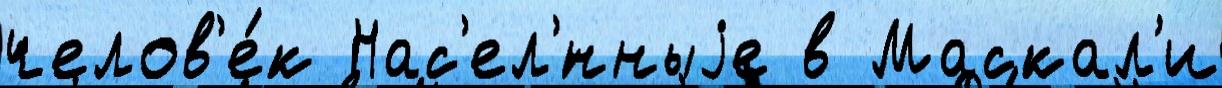
челов'е́к Нас'ел'́нныjе в Маскал'и